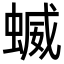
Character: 蝛